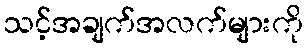
သင့်အချက်အလက်များကို